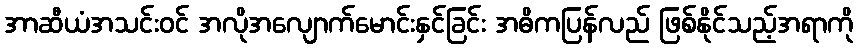
အာဆီယံအသင်းဝင် အလိုအလျောက်မောင်းနှင်ခြင်း အဓိကပြန်လည် ဖြစ်နိုင်သည့်အရာကို